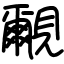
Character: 覼